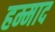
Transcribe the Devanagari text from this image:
हम्माद